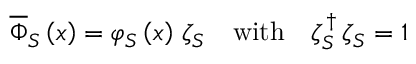
\begin{array} { r } { \overline { { \Phi } } _ { S } \left( x \right) = \varphi _ { S } \left( x \right) \, \zeta _ { S } \quad \mathrm { w i t h } \quad \zeta _ { S } ^ { \, \dag } \, \zeta _ { S } = 1 } \end{array}